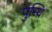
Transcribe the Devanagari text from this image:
पुन्थि